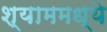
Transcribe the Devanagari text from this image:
श्याममध्ये